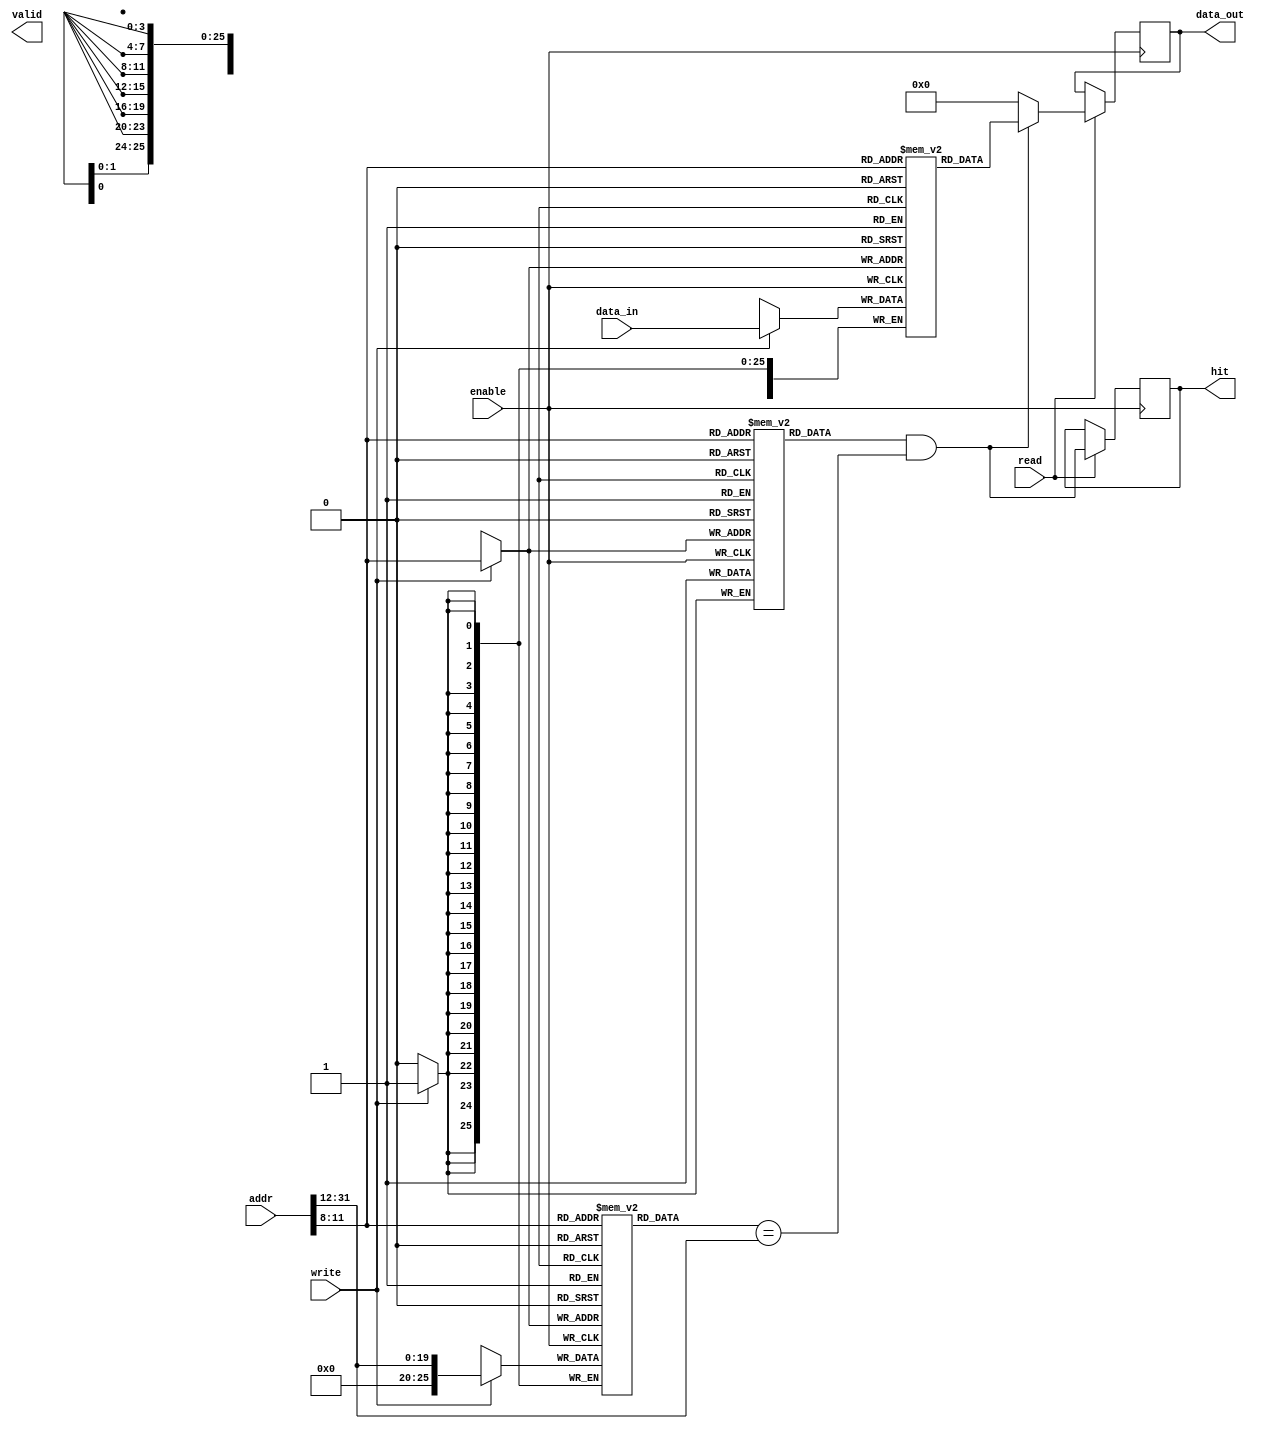
module DirectMappedCache #(
    parameter N = 32, // Total address width
    parameter M = 32, // Data width
    parameter C = 16  // Number of cache lines
) (
    input  wire [N-1:0] addr,      // Memory address
    input  wire [M-1:0] data_in,   // Data input
    input  wire read,               // Read control signal
    input  wire write,              // Write control signal
    input  wire enable,             // Cache enable signal
    output reg  [M-1:0] data_out,   // Data output
    output reg  hit,                // Hit indicator
    output reg  valid               // Valid indicator
);

    // Parameters for cache structure
    localparam INDEX_WIDTH = $clog2(C); // Number of index bits
    localparam TAG_WIDTH = N - INDEX_WIDTH - $clog2(M/8); // Calculate tag width
    localparam BLOCK_SIZE = M; // Size of the block (in bytes)
    
    // Cache structure
    reg [TAG_WIDTH-1:0] tags[C-1:0];   // Tag array
    reg [M-1:0] cache_data[C-1:0];     // Data array
    reg valid_bits[C-1:0];              // Valid bits array

    // Extracting address fields
    wire [INDEX_WIDTH-1:0] index = addr[INDEX_WIDTH+7:8]; // Extracting index
    wire [TAG_WIDTH-1:0] tag = addr[N-1:INDEX_WIDTH + 8]; // Extracting tag
    wire [7:0] offset = addr[7:0];                         // Block offset (if applicable)

    // Cache operations
    always @(posedge enable) begin
        if (read) begin
            hit = valid_bits[index] && (tags[index] == tag);
            if (hit) begin
                data_out = cache_data[index]; // Output data on hit
            end else begin
                data_out = {M{1'b0}}; // Output zero if miss (or handle as appropriate)
            end
        end
        
        if (write) begin
            tags[index] = tag;                  // Update tag
            cache_data[index] = data_in;       // Write data to cache
            valid_bits[index] = 1'b1;           // Mark as valid
        end
    end

    // Initialize cache on reset (optional)
    integer i;
    initial begin
        for (i = 0; i < C; i = i + 1) begin
            valid_bits[i] = 1'b0; // Invalid by default
            tags[i] = {TAG_WIDTH{1'b0}}; // Default tag value
            cache_data[i] = {M{1'b0}}; // Default data value
        end
    end

endmodule